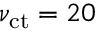
\nu _ { \mathrm { c t } } = 2 0